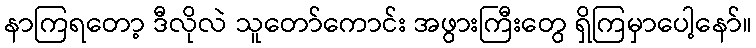
နာကြရတော့ ဒီလိုလဲ သူတော်ကောင်း အဖွားကြီးတွေ ရှိကြမှာပေါ့နော်။